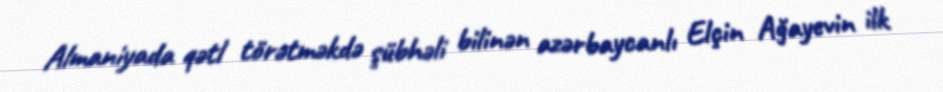
Almaniyada qətl törətməkdə şübhəli bilinən azərbaycanlı Elçin Ağayevin ilk